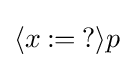
\langle x\mathbin {:=} {?}\rangle p\,\!